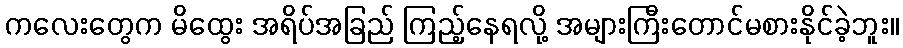
ကလေးတွေက မိထွေး အရိပ်အခြည် ကြည့်နေရလို့ အများကြီးတောင်မစားနိုင်ခဲ့ဘူး။